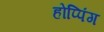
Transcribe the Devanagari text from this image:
होप्पिंग